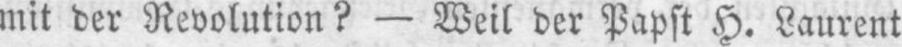
mit der Revolution? - Weil der Papst H. Laurent